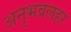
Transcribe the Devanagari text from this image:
अनुभवलहर